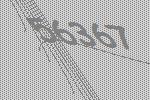
56367